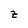
Character: z